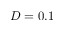
D = 0 . 1